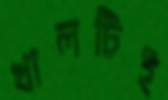
খালটিই